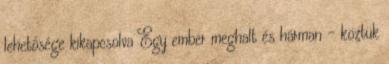
lehetősége kikapcsolva Egy ember meghalt és hárman - köztük